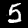
Digit: 5